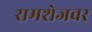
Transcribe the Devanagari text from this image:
रामशेजवर